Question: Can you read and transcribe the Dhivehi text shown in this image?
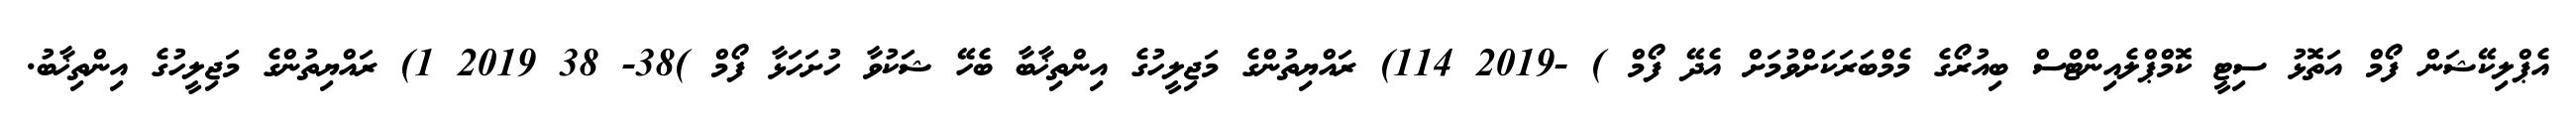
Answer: އެޕްލިކޭޝަން ފޯމް އަތޮޅު ސިޓީ ކޮމްޕްލެއިންޓްސް ބިއުރޯގެ މެމްބަރަކަށްވުމަށް އެދޭ ފޯމް ) -2019 114) ރައްޔިތުންގެ މަޖިލީހުގެ އިންތިޚާބާ ބެހޭ ޝަކުވާ ހުށަހަޅާ ފޯމް )38- 38 2019 1) ރައްޔިތުންގެ މަޖިލީހުގެ އިންތިޚާބު.